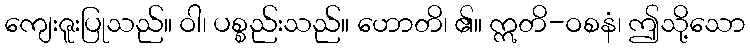
ကျေးဇူးပြုသည်။ ဝါ၊ ပစ္စည်းသည်။ ဟောတိ၊ ၏။ ဣတိ-ဝစနံ၊ ဤသို့သော